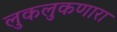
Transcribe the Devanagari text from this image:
लुकलुकणारा